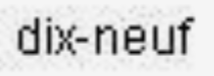
dix neuf